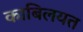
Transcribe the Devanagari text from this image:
काबिलयत